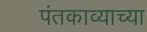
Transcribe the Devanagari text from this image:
पंतकाव्याच्या